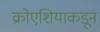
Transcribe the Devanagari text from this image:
क्रोएशियाकडून